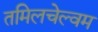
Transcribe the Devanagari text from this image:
तमिलचेल्वम